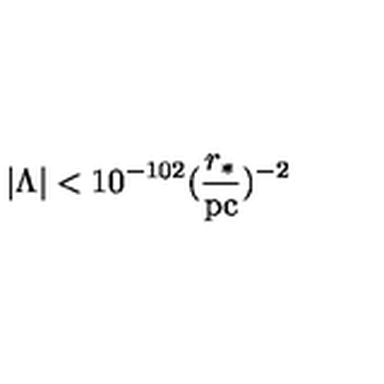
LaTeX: | \Lambda | < 1 0 ^ { - 1 0 2 } ( \frac { r _ { * } } { \mathrm { p c } } ) ^ { - 2 }